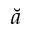
\breve { a }